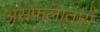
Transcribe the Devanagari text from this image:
असफलातायें